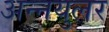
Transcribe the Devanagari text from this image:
अन्नयुलर